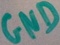
Text: GND